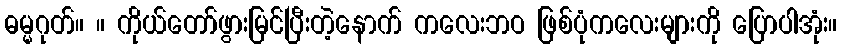
ဓမ္မဂုတ်။ ။ ကိုယ်တော်ဖွားမြင်ပြီးတဲ့နောက် ကလေးဘဝ ဖြစ်ပုံကလေးများကို ပြောပါအုံး။